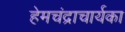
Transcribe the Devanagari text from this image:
हेमचंद्राचार्यका